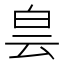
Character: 𤽎